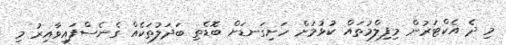
މި ދެ އެކްޓަރުން މިފިލްމުތައް ކުޅުމަށް ހަށިގަނޑަށް ބޮޑެތި ބަދަލުތަކެއް ގެނެސްފައިވާއިރު މި